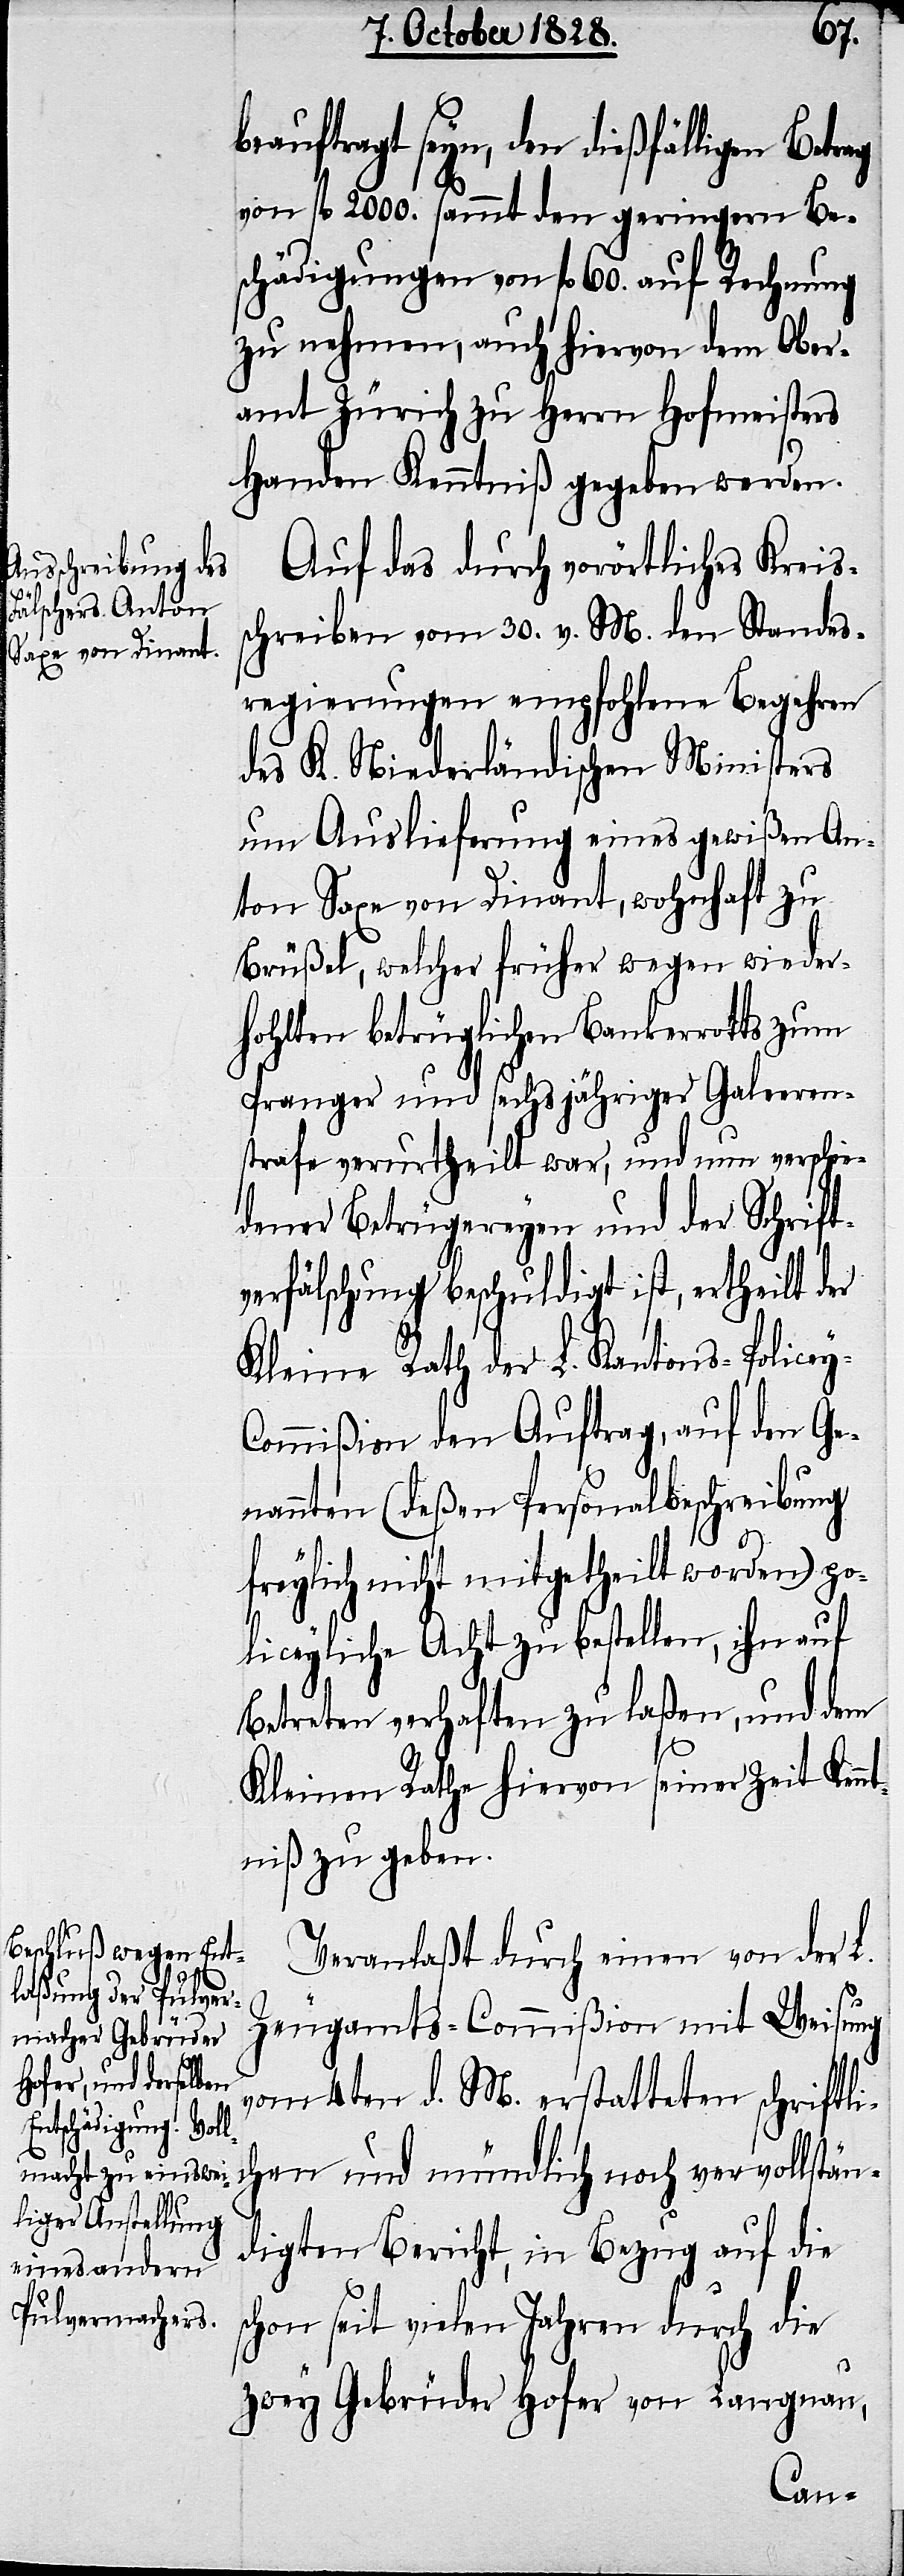
beauftragt seyn, den dießfälligen Betr¬
von fl. 2000. sammt den geringern Be¬
schädigungen von fl. 60. auf Rechnung
zu nehmen, auch hiervon dem Ober¬
amt Zürich zu Herrn Hofmeisters
Handen Kenntniß gegeben werden.
Auf das durch vorörtliches Kreis¬
schreiben vom 30. v. M. den Standes¬
regierungen empfohlene Begehren
des K. Niederländischen Ministers
um Auslieferung eines gewißen An¬
ton Saxe von Dinant, wohnhaft zu
Brüßel, welcher früher wegen wieder¬
hohlten betrüglichen Bankerrotts zum
Pranger und sechsjähriger Galeeren¬
strafe verurtheilt war, und um verschie¬
dener Betrügereyen und der Schrift¬
verfälschung beschuldigt ist, ertheilt der
Kleine Rath der L. Kantons-Police¬
ommißion den Auftrag, auf den Ge¬
nannten (deßen Personalbeschreibung
freylich nicht mitgetheilt worden) po¬
liceyliche Acht zu bestellen, ihn auf
Betreten verhaften zu laßen, und dem
y-C¬
Kleinen Rathe hiervon seiner Zeit Kenn¬
tniß zu geben.
Veranlaßt durch einen von der L.
Zeugamts-Commißion mit Weisung
vom 4ten d. M. erstatteten schriftl¬
ichen und mündlich noch vervollstän¬
digten Bericht, in Bezug auf die
schon seit vielen Jahren durch die
zwey Gebrüder Hofer von Langnau,